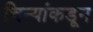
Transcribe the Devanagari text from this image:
चिन्यांकडून